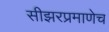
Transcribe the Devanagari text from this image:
सीझरप्रमाणेच